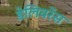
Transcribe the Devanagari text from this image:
डेलिवरेंस